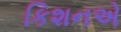
કિશનએ